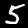
Digit: 5